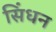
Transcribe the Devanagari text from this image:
सिंधन